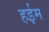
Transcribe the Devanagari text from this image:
हईम